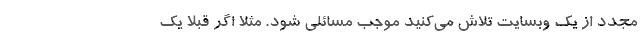
مجدد از یک وبسایت تلاش می‌کنید موجب مسائلی شود. مثلا اگر قبلاً یک